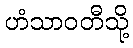
ဟံသာဝတီသို့